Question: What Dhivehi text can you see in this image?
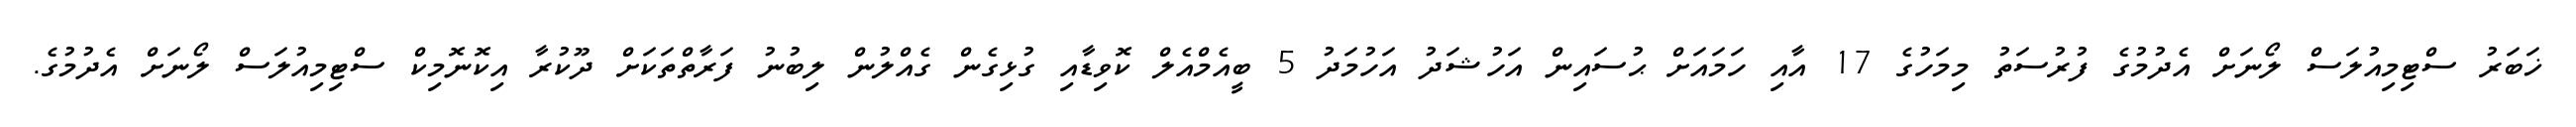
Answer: ޚަބަރު ސްޓިމިއުލަސް ލޯނަށް އެދުމުގެ ފުރުސަތު މިމަހުގެ 17 އާއި ހަމައަށް ޙުސައިން އަހުޝަދު އަހުމަދު 5 ބީއެމްއެލް ކޮވިޑާއި ގުޅިގެން ގެއްލުން ލިބުނު ފަރާތްތަކަށް ދޫކުރާ އިކޮނޮމިކް ސްޓިމިއުލަސް ލޯނަށް އެދުމުގެ.